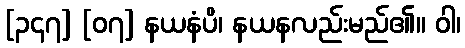
[၃၄၇] [၀၇] နယနံပိ၊ နယနလည်းမည်၏။ ဝါ၊